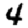
Digit: 4